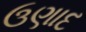
ઉણાદ